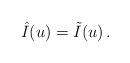
LaTeX: \begin{align*}\hat{I}(u)=\tilde{I}(u)\,.\end{align*}